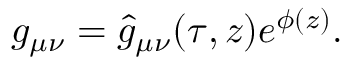
g _ { \mu \nu } = \hat { g } _ { \mu \nu } ( \tau , z ) e ^ { \phi ( z ) } .